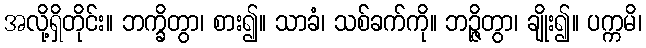
အလို့ရှိတိုင်း။ ဘက္ခိတွာ၊ စား၍။ သာခံ၊ သစ်ခက်ကို။ ဘဉ္ဇိတွာ၊ ချိုး၍။ ပက္ကမိ၊